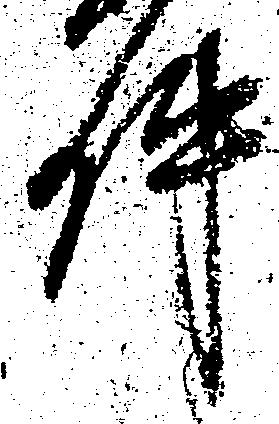
件